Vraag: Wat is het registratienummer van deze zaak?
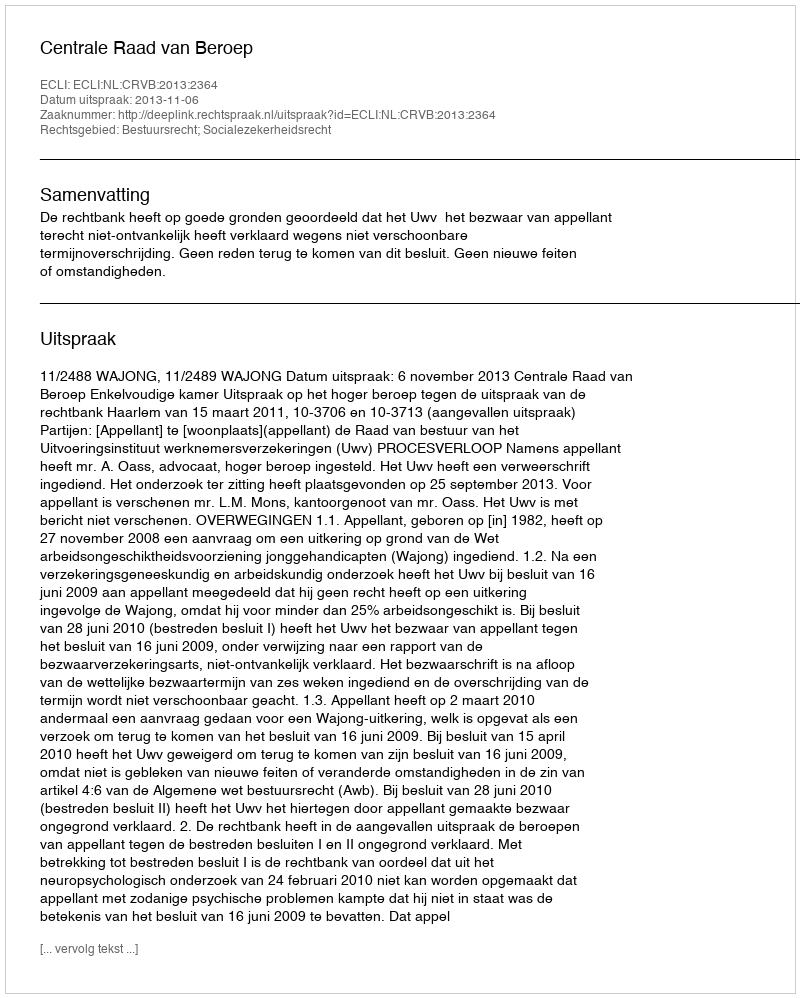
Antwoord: http://deeplink.rechtspraak.nl/uitspraak?id=ECLI:NL:CRVB:2013:2364